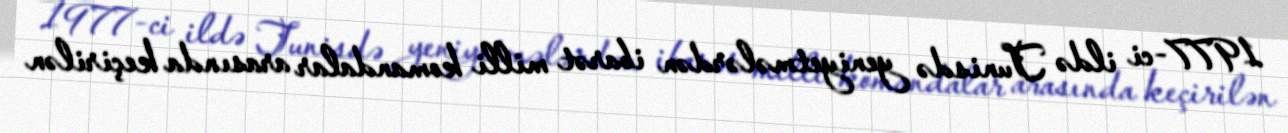
1977-ci ildə Tunisdə yeniyetmələrdən ibarət milli komandalar arasında keçirilən